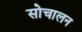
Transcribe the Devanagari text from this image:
सोचालन